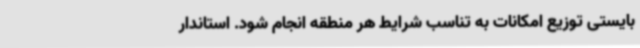
بایستی توزیع امکانات به تناسب شرایط هر منطقه انجام شود. استاندار